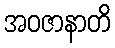
အဝဇာနာတိ